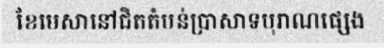
ខែមេសានៅជិតតំបន់ប្រាសាទបុរាណផ្សេង